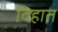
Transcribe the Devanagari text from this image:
दिहात